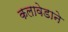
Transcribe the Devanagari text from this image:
कलावेडाने